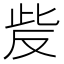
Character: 𰙥